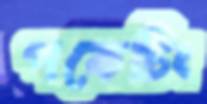
পকেটিং